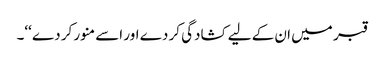
قبر میں ان کے لیے کشادگی کر دے اور اسے منور کر دے ‘‘۔